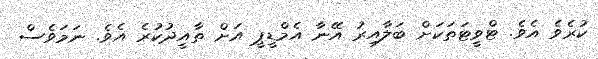
ކުރެވެ އެވެ. ޓްވީޓަތަކަށް ބަލާއިރު އޭނާ އެމްޑީޕީ އަށް ތާއީދުކުރެ އެވެ. ނަމަވެސް